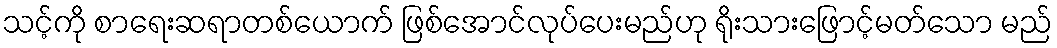
သင့်ကို စာရေးဆရာတစ်ယောက် ဖြစ်အောင်လုပ်ပေးမည်ဟု ရိုးသားဖြောင့်မတ်သော မည်